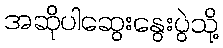
အဆိုပါဆွေးနွေးပွဲသို့